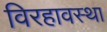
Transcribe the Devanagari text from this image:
विरहावस्था